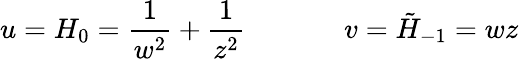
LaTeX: u=H_{0}=\frac{1}{w^{2}}+\frac{1}{z^{2}}\, \, \, \, \, \, \, \, \, \, \, \, \, \, \, \, \, \, \, \, \, v=\tilde{H}_{-1}=wz